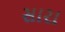
સારા